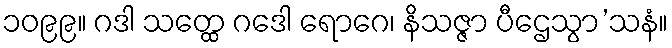
၁၀၉၉။ ဂဒါ သတ္ထေ ဂဒေါ ရောဂေ၊ နိသဇ္ဇာ ပီဌေသွာ’သနံ။